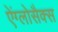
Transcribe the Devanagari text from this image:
ऐंग्लोसैक्स